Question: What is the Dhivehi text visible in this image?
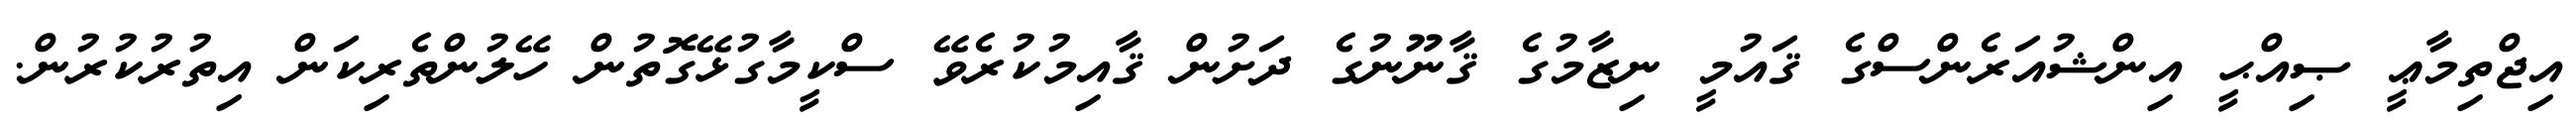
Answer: އިޖްތިމާޢީ ޞިއްޙީ އިންޝުއަރެންސްގެ ޤައުމީ ނިޒާމުގެ ޤާނޫނުގެ ދަށުން ޤާއިމުކުރެވޭ ސްކީމާގުޅޭގޮތުން ހޭލުންތެރިކަން އިތުރުކުރުން.